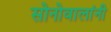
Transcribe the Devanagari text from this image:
सोनोवालांनी